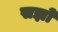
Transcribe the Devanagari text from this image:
सझो